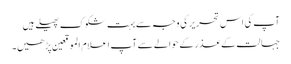
آپ کی اس تحریر کی وجہ سے بہت شکوک پھیلے ہیں
جہالت کے عذر کے حوالے سے آپ اعلام الموقعین پڑھیں۔